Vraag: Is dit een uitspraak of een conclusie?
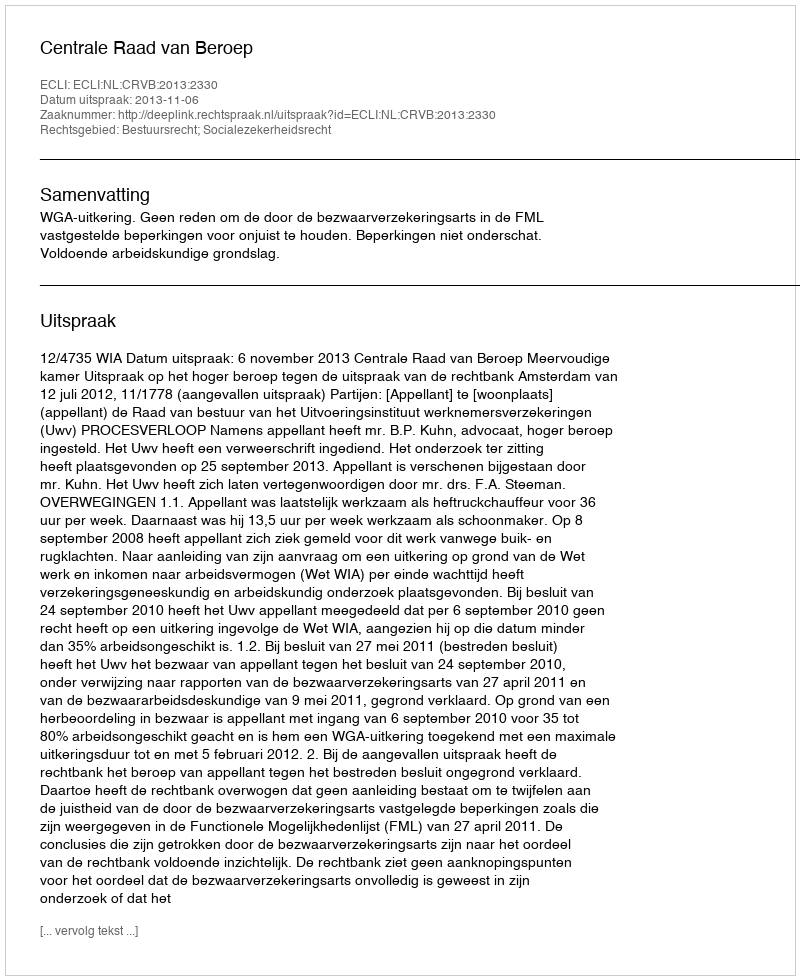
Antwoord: Uitspraak